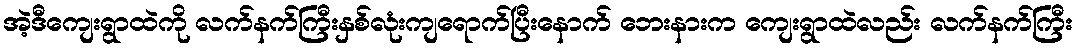
အဲ့ဒီကျေးရွာထဲကို လက်နက်ကြီးနှစ်လုံးကျရောက်ပြီးနောက် ဘေးနားက ကျေးရွာထဲလည်း လက်နက်ကြီး